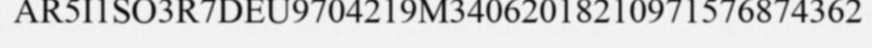
AR5I1SO3R7DEU9704219M34062018210971576874362